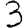
Digit: 3